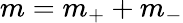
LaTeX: m=m_{+}+m_{-}